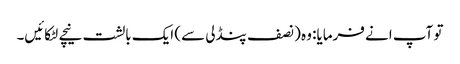
تو آپ انے فرمایا: وہ (نصف پنڈلی سے) ایک بالشت نیچے لٹکائیں۔